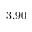
3 . 9 0